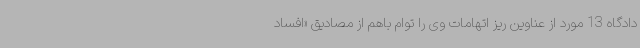
دادگاه 13 مورد از عناوین ریز اتهامات وی را توام باهم از مصادیق «افساد